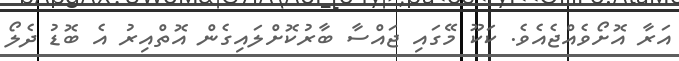
އަރާ އޮށޯވެއްޖެއެވެ. ކަކޫ މޭގައި ޖައްސާ ބާރުކޮށްލައިގެން އޮތްއިރު އެ ބޮޑު ދެލޯ